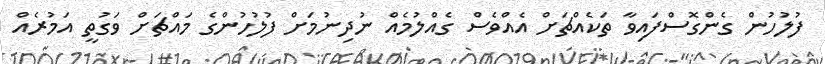
ފުލުހުން ގެންގޮސްފައިވާ ތަކެއްޗަށް އެއްވެސް ގެއްލުމެއް ނުދިނުމަށް ފުލުހުންގެ މައްޗަށް ވަގުތީ އަމުރެއް